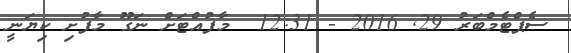
ސެޕްޓެމްބަރު 29